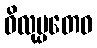
ဝိလုမ္ပတေဝ